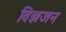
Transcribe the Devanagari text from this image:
विज्ञजन